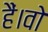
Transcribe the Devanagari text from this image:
हैं।वो